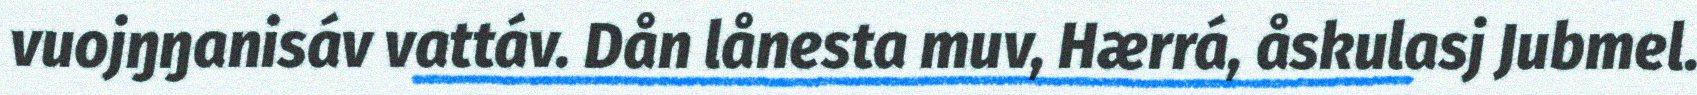
vuojŋŋanisáv vattáv. Dån lånesta muv, Hærrá, åskulasj Jubmel.